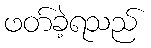
ဖတ်ခဲ့ရသည်